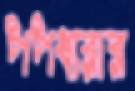
পপধারার